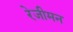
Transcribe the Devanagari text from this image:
रेजीमन